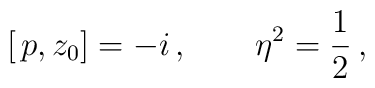
\left[\,p , z_0\right]= -i\,,\qquad \eta^2=\frac 1 2\,,